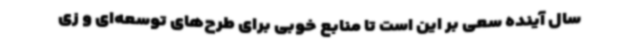
سال آینده سعی بر این است تا منابع خوبی برای طرح‌های توسعه‌ای و زی